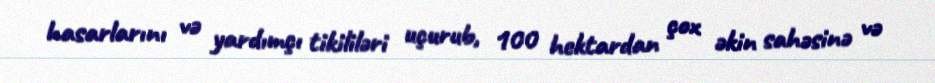
hasarlarını və yardımçı tikililəri uçurub, 100 hektardan çox əkin sahəsinə və